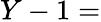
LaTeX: Y-1=